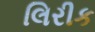
લિરીક